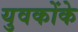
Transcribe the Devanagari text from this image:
युवकोंके